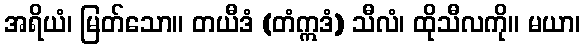
အရိယံ၊ မြတ်သော။ တယီဒံ (တံဣဒံ) သီလံ၊ ထိုသီလကို။ မယာ၊